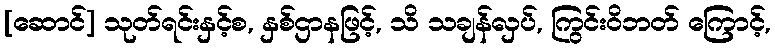
[ဆောင်] သုတ်ရင်းနှင့်စ, နှစ်ဌာနဖြင့်, သိ သချန်လှပ်, ကြွင်းဝိဘတ် ကြောင့်,